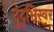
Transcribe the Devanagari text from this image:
दुंदुभिस्वर